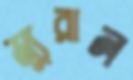
ম্যুরাল